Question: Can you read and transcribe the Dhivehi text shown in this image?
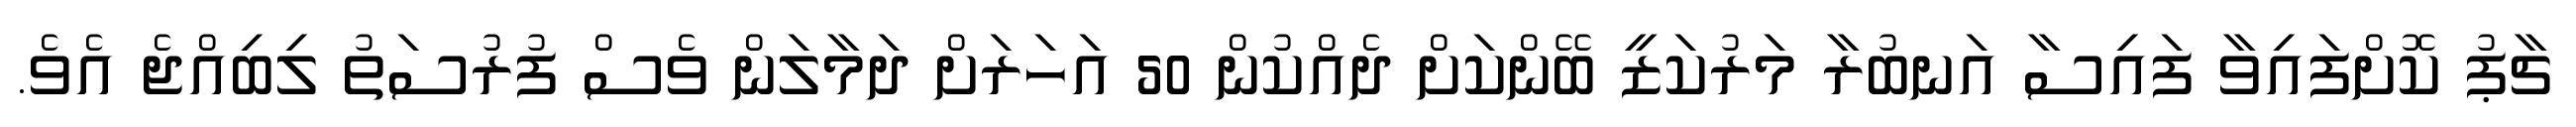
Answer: ޗާޕު ކޮށްފައިވާ ފައިސާ އަނބުރާ މަރުކަޒީ ބޭންކަށް ދެއްކުން 50 އަހަރަށް ދަމާލަން ވެސް ފުރުސަތު ލިބިއްޖެ އެވެ.